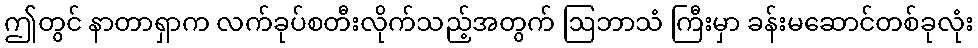
ဤတွင် နာတာရှာက လက်ခုပ်စတီးလိုက်သည့်အတွက် ဩဘာသံ ကြီးမှာ ခန်းမဆောင်တစ်ခုလုံး